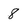
Character: 8